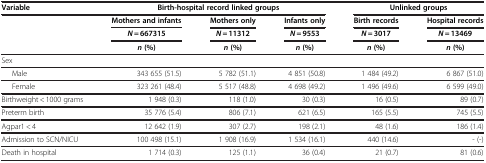
| Variable | <COLSPAN=3> Birth-hospital record linked groups | <COLSPAN=2> Unlinked groups |
 | <ROWSPAN=3>  | Mothers and infants | Mothers only | Infants only | Birth records | Hospital records |
 | N = 667315 | N = 11312 | N = 9553 | N = 3017 | N = 13469 |
 | n (%) | n (%) | n (%) | n (%) | n (%) |
 | --- | --- | --- | --- | --- | --- |
 | <COLSPAN=6> Sex |
 | Male | 343 655 (51.5) | 5 782 (51.1) | 4 851 (50.8) | 1 484 (49.2) | 6 867 (51.0) |
 | Female | 323 261 (48.4) | 5 517 (48.8) | 4 698 (49.2) | 1 496 (49.6) | 6 599 (49.0) |
 | Birthweight < 1000 grams | 1 948 (0.3) | 118 (1.0) | 30 (0.3) | 16 (0.5) | 89 (0.7) |
 | Preterm birth | 35 776 (5.4) | 806 (7.1) | 621 (6.5) | 165 (5.5) | 745 (5.5) |
 | Agpar1 < 4 | 12 642 (1.9) | 307 (2.7) | 198 (2.1) | 48 (1.6) | 186 (1.4) |
 | Admission to SCN/NICU | 100 498 (15.1) | 1 908 (16.9) | 1 534 (16.1) | 440 (14.6) | - (-) |
 | Death in hospital | 1 714 (0.3) | 125 (1.1) | 36 (0.4) | 21 (0.7) | 81 (0.6) |